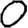
Digit: 0